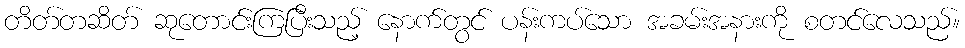
တိတ်တဆိတ် ဆုတောင်းကြပြီးသည့် နောက်တွင် ပန်းကပ်သော အခမ်းအနားကို စတင်လေသည်။